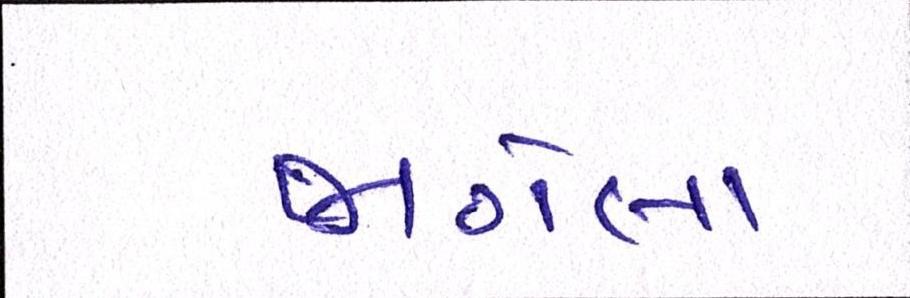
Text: જાગેલા